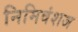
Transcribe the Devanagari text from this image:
निमिवंशज